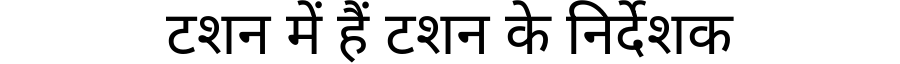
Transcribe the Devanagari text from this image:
टशन में हैं टशन के निर्देशक